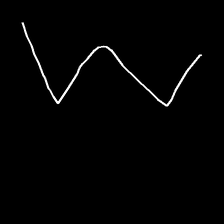
Glyph: crush